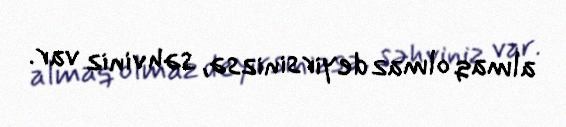
almaq olmaz deyirsinizsə, səhviniz var.